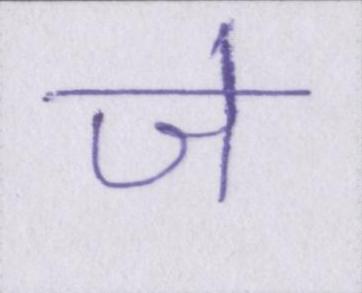
जे